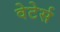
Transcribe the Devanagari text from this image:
वेटेर्स